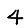
Digit: 4